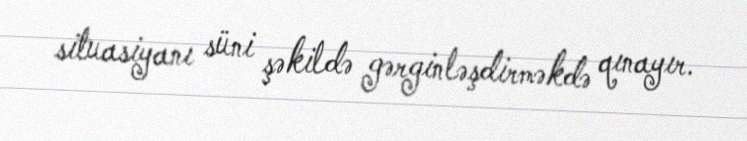
situasiyanı süni şəkildə gərginləşdirməkdə qınayır.